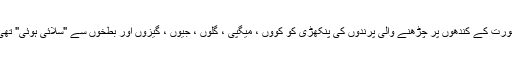
عورت کے کندھوں پر چڑھنے والی پرندوں کی پنکھڑی کو کووں ، میگپی ، گلوں ، جیوں ، گیزوں اور بطخوں سے "سلائی ہوئی" تھی۔